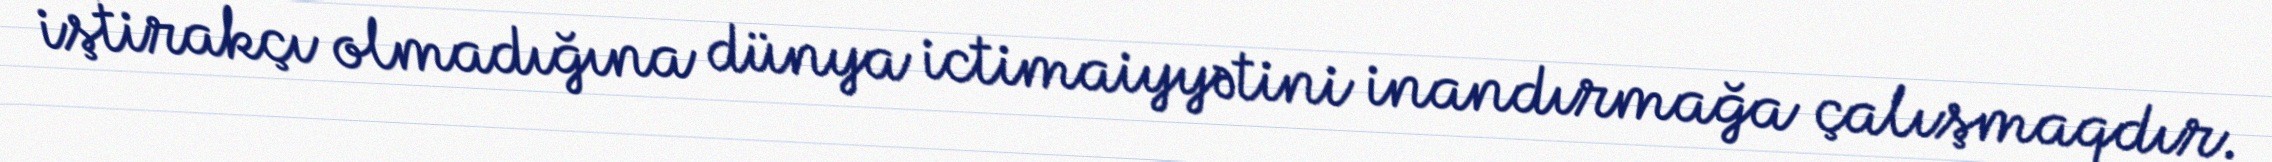
iştirakçı olmadığına dünya ictimaiyyətini inandırmağa çalışmaqdır.